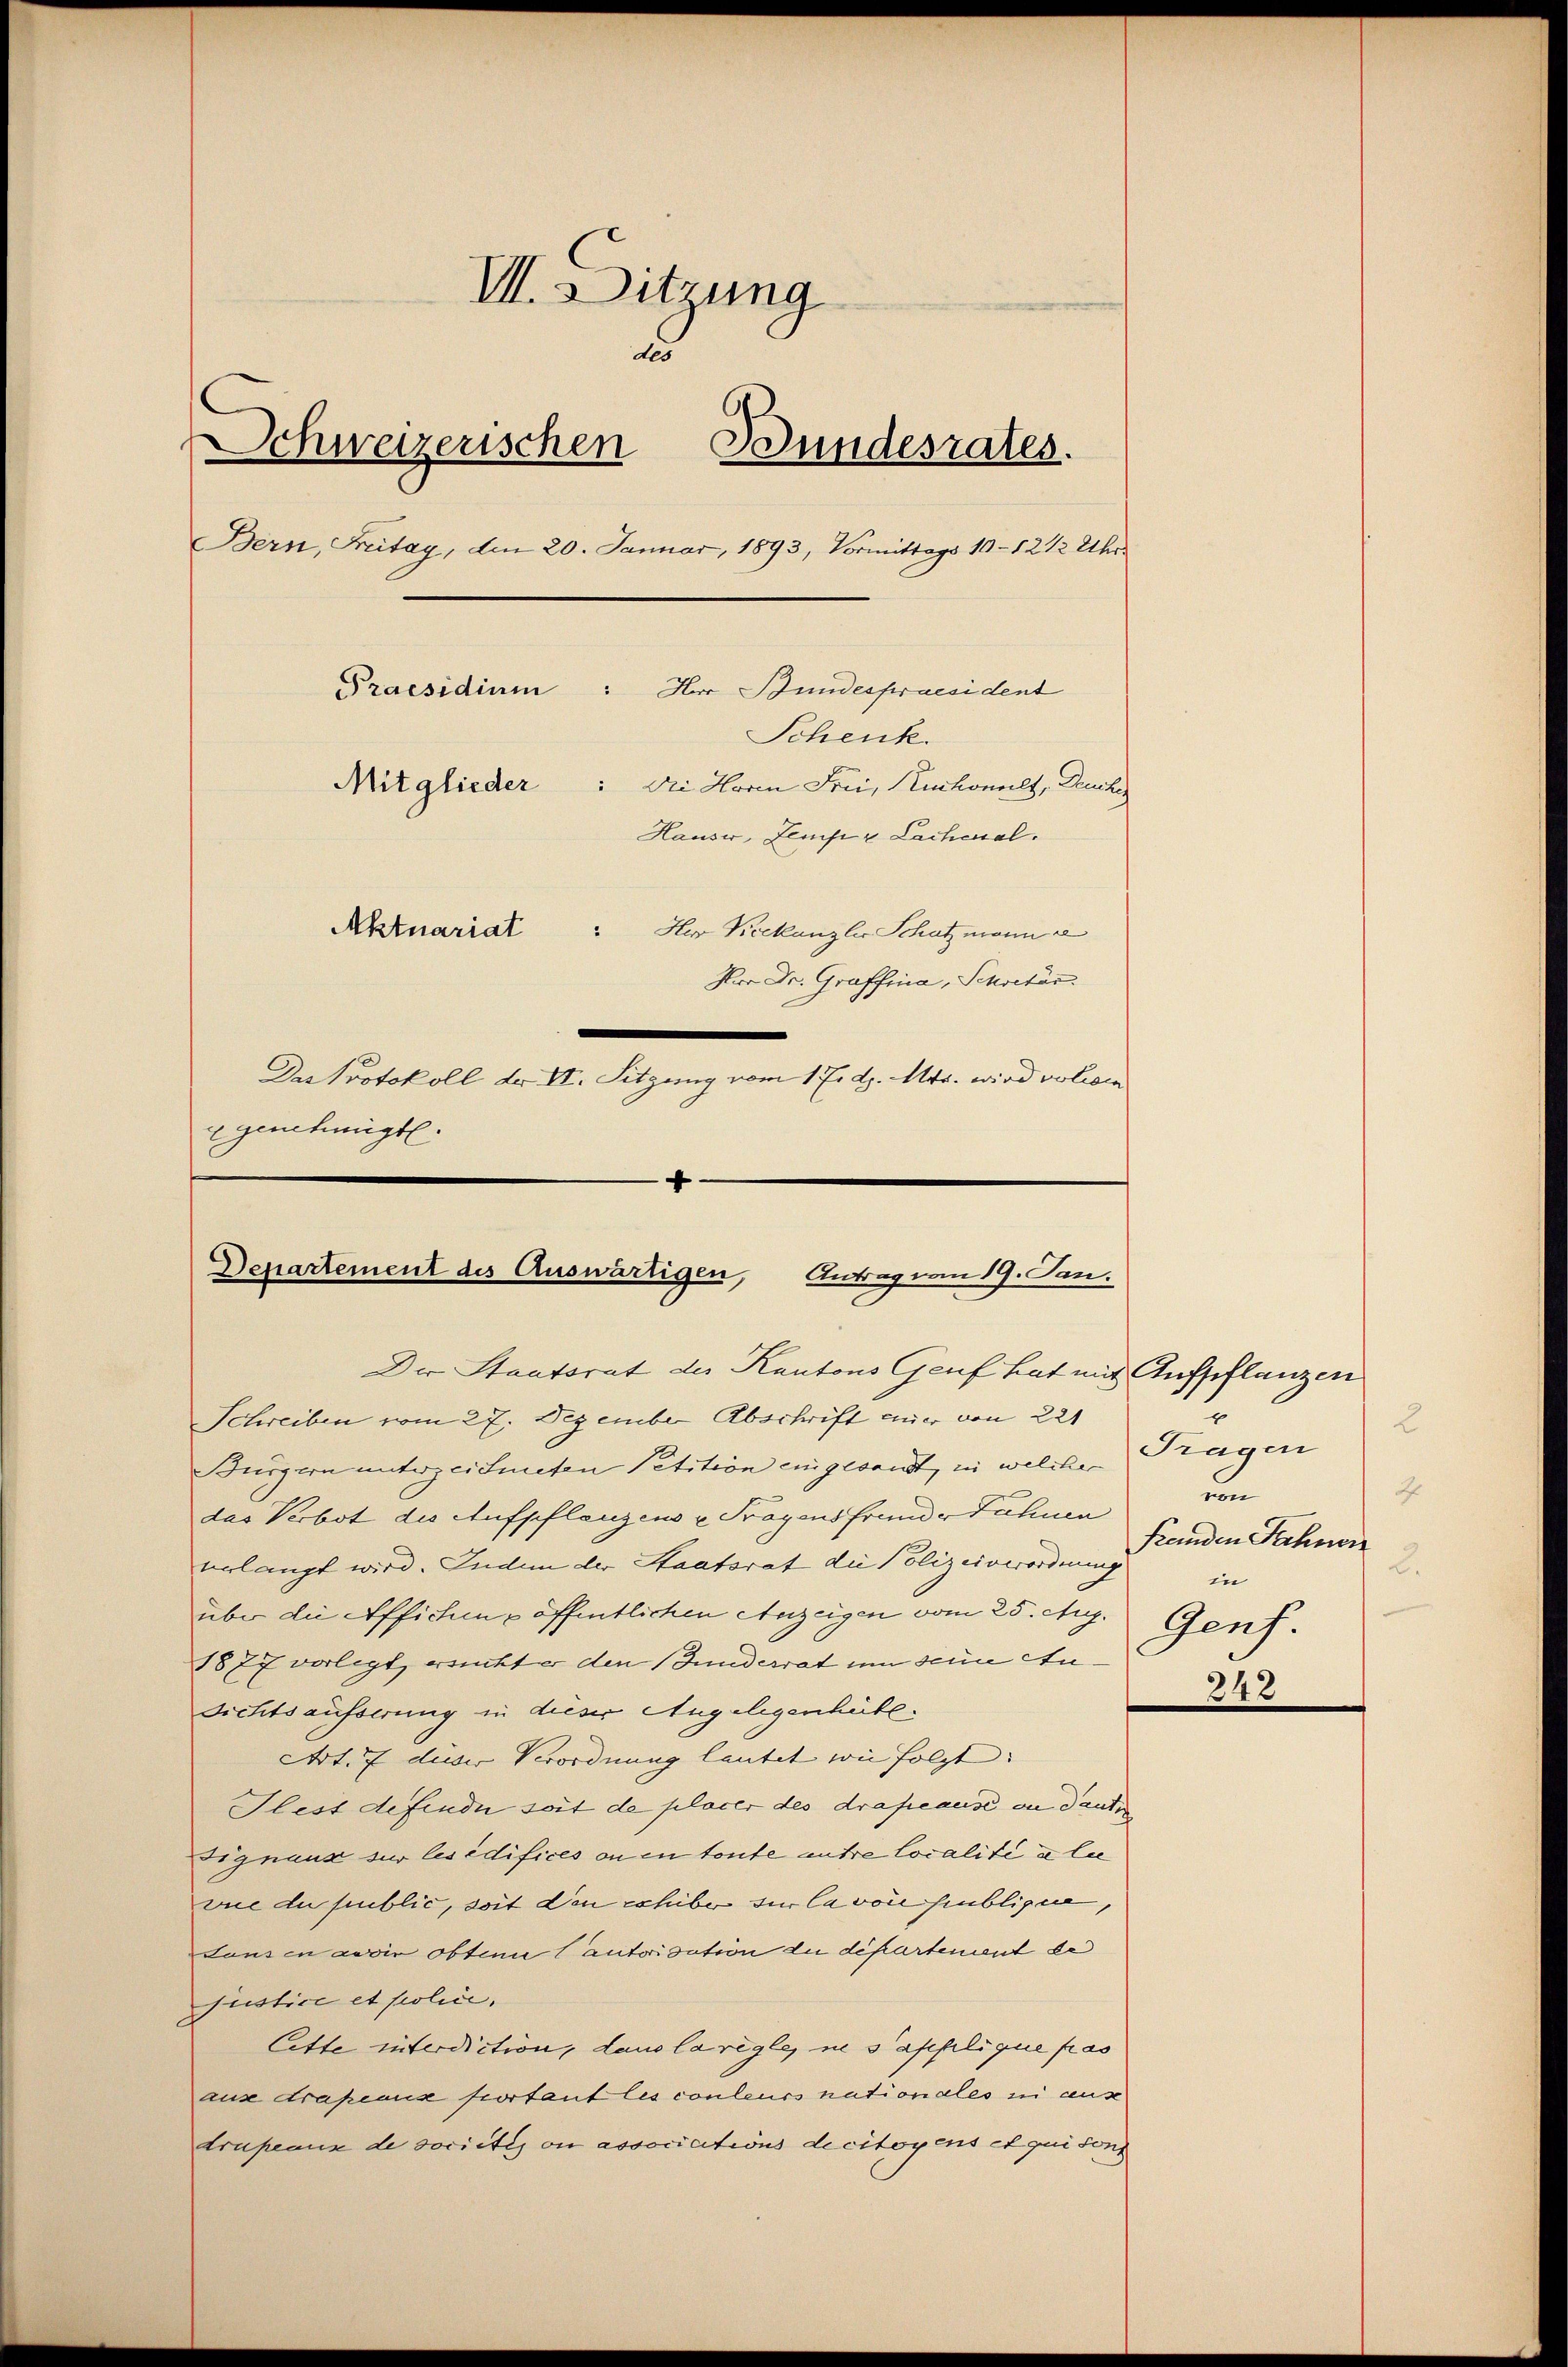
VII. Sitzung
E
Schweizerischen Bundesrates.
Bern, Freitag, den 20. Januar, 1893, Vormittags 10-12 1/2 Uhr
Praesidium : Herr Bundespraesident
Schenk.
Mitglieder : Die Horen Frei, Kuchowalz, Ruche
Hauser, Zemp u Lachmal.
Aktuariat : Her Keckanzler Schatz mann e
Hrn Dr. Graffina, Schretär
Das Protokoll der IV. Sitzung vom 1. Er d. Mts. wird volii
genehmigt.

.
Departement des Auswärtigen, Antrag vom 19. Jan.

Der Staatsrat des Kantons Genf hat mit Aufpflanzen
Schreiben vom 27. Dezember Abschrift einer von 221
Bürgern unterzeichneten Petition eingesandt, in welcher Tragen
das Verbot des Aufpflanzens u Fragens frunde Fahnen
erlangt wird. Indem der Staatsrat die Polizeiverordnung
über die Offichen öffentlichen Anzeigen vom 25. Aug.
1877 vorlegt, ersuchter den Bundesrat um seine Au
Richtsaufserung in dieser Angelegenheite
Art. 7 dieser Verordnung lautet wie folgt:
Hlest definde soit de placer des drafcause an deutig
Signaux sur les édifices ou en toute antre localité a lie
vie du public, soit den exhibe sie la von hinblicier,
Lansen wir obtenu autorisation du département de
justice et police,
Citte interdiction, dans la règles ne s’applique fas
ause drapiaux portant les conleurs nationales zi aus
trupeaux de societig on associations dicitoyens et qui sons

L
von
J.
Penden Fahnen
2
in
Genf.
242